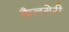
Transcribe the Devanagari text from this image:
कैलगेरी